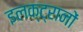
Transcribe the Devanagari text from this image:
इलक्ट्रानों